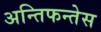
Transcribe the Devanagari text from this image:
अन्तिफन्तेस